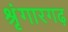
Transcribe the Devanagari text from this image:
श्रृंगारगढ़